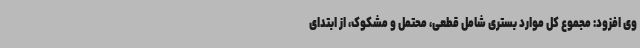
وی افزود: مجموع کل موارد بستری شامل قطعی، محتمل و مشکوک، از ابتدای